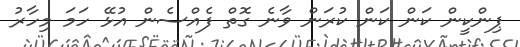
ޕިންކީން ކަން ކަން ކުރަން ވާނެ ގޮތް ފެއްސެން އުޅޭ ހަމަ މިހާރު